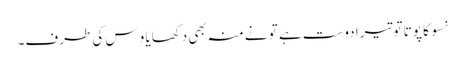
نسو کا پوتا تو تیرا دوست ہے تو نے منہ بھی دکھایا وِس کی طرف۔